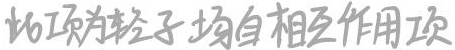
此项为轻子场自相互作用项